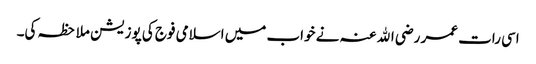
اسی رات عمر رضی اﷲ عنہ نے خواب میں اسلامی فوج کی پوزیشن ملاحظہ کی۔